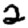
Digit: 2